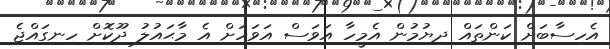
އެހިސާބަށް ކަންތައް ދިޔުމުން އެމީހާ އަވަސް އަވަހަށް އެ މާޙައުލު ދޫކޮށް ހިނގައްޖެ